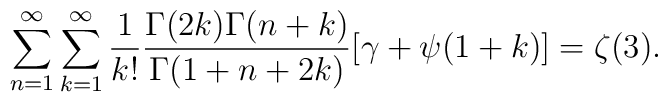
\sum_{n=1}^\infty\sum_{k=1}^\infty\frac{1}{k!}\frac{\Gamma(2k)\Gamma(n+k)}{\Gamma(1+n+2k)}[\gamma+\psi(1+k)]=\zeta(3).